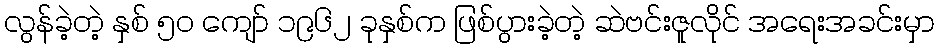
လွန်ခဲ့တဲ့ နှစ် ၅၀ ကျော် ၁၉၆၂ ခုနှစ်က ဖြစ်ပွားခဲ့တဲ့ ဆဲဗင်းဇူလိုင် အရေးအခင်းမှာ